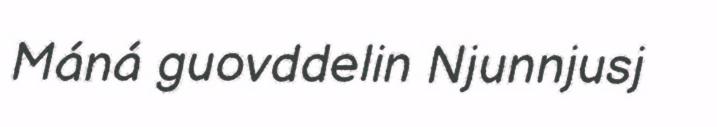
Máná guovddelin Njunnjusj